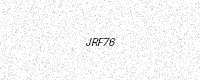
Text: JRF76